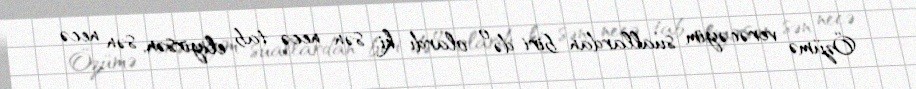
Özümə verəcəyim suallardan biri də o olardı ki: sən necə tab eliyirsən, sən necə